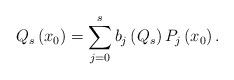
LaTeX: \begin{align*}Q_{s}\left( x_{0}\right) =\displaystyle\sum \limits_{j=0}^{s}b_{j}\left(Q_{s}\right) P_{j}\left( x_{0}\right) . \end{align*}